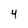
Character: 4